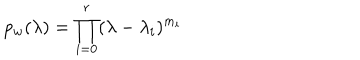
p _ { w } ( \lambda ) = \prod _ { i = 0 } ^ { r } ( \lambda - \lambda _ { i } ) ^ { m _ { i } }